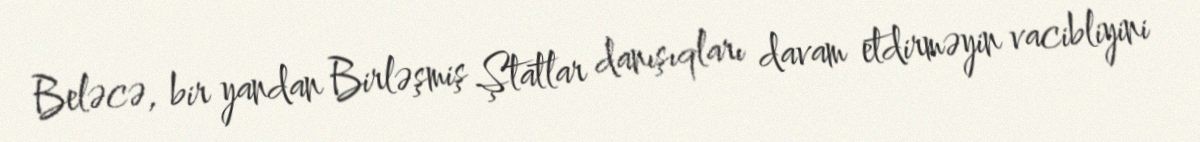
Beləcə, bir yandan Birləşmiş Ştatlar danışıqları davam etdirməyin vacibliyini